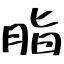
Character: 脂